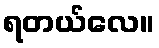
ရတယ်လေ။